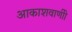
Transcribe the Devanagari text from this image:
आकाशवाणीी